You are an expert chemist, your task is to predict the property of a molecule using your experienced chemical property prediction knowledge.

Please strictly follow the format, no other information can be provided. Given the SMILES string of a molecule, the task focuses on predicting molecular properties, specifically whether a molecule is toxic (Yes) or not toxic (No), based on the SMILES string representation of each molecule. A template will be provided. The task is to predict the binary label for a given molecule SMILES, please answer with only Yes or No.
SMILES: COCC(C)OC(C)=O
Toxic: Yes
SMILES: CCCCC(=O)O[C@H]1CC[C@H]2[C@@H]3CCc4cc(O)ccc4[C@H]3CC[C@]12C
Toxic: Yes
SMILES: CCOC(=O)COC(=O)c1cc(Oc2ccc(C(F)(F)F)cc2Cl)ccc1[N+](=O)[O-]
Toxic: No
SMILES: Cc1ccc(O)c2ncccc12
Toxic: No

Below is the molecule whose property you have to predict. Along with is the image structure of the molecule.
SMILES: O=[PH](Oc1ccccc1)Oc1ccccc1
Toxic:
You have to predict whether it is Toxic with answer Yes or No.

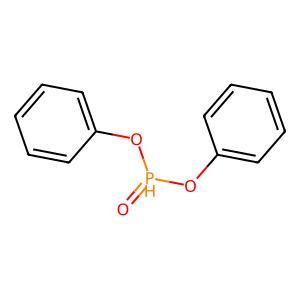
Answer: No